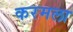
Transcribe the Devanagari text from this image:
करमला